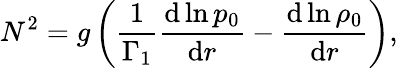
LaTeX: N^{2}=g\left(\frac{1}{\Gamma_{1}}\frac{\mathrm{d}\ln p_{0}}{\mathrm{d}r}-\frac{\mathrm{d}\ln\rho_{0}}{\mathrm{d}r}\right),